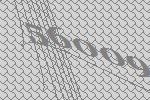
56009